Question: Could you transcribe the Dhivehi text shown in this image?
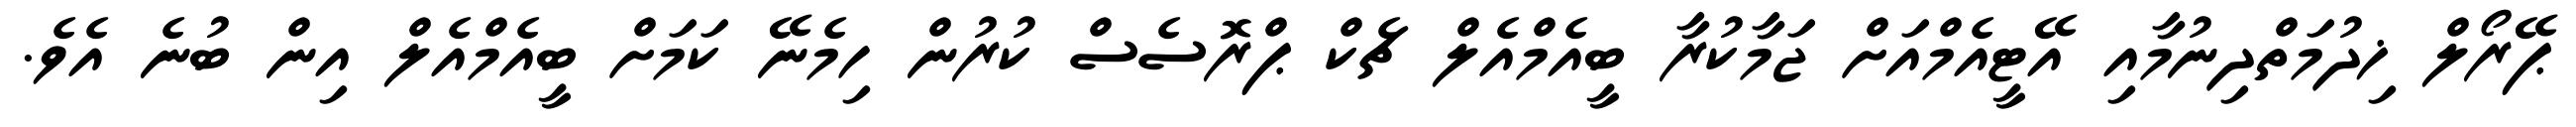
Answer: ޕޭރޯލް ޚިދުމަތްދިނުމާއި އޭޓީއެމްއަށް ޖަމާކުރާ ބީއެމްއެލް ޗެކް ޕްރޮސެސް ކުރުން ހިމެނޭ ކަމަށް ބީއެމްއެލް އިން ބުނެ އެވެ.